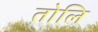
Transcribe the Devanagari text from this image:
तोलि